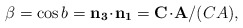
\begin{align*} \beta = \cos{b} = {\bf n_3 \!\cdot\! n_1} = {\bf C \!\cdot\! A}/(CA),\end{align*}